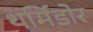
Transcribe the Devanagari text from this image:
थर्मिडोर